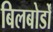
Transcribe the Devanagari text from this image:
बिलबोर्डों